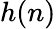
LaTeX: h(n)